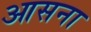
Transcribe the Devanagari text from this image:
आसना